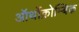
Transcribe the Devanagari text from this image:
ऑर्थोक्रोम्बिक